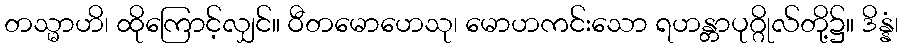
တသ္မာဟိ၊ ထိုကြောင့်လျှင်။ ဝီတမောဟေသု၊ မောဟကင်းသော ရဟန္တာပုဂ္ဂိုလ်တို့၌။ ဒိန္နံ၊